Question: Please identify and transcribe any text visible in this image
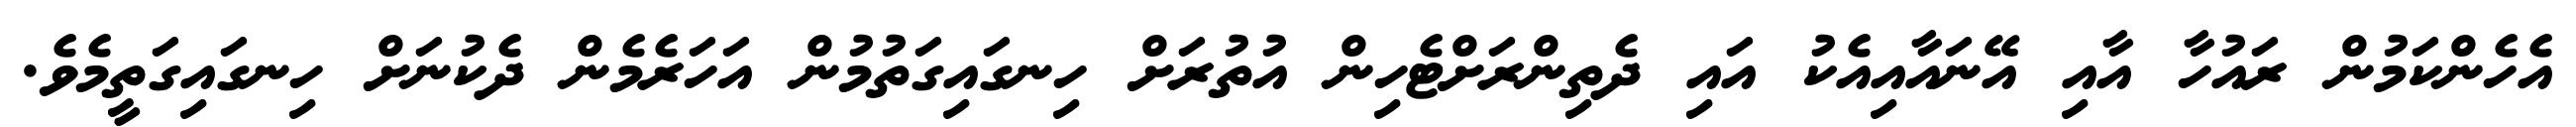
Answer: އެހެންކަމުން ރައުހާ އާއި އޭނައާއިއެކު އައި ދެތިންރަށްޓެހިން އުތުރަށް ހިނގައިގަތުމުން އަހަރެމެން ދެކުނަށް ހިނގައިގަތީމެވެ.